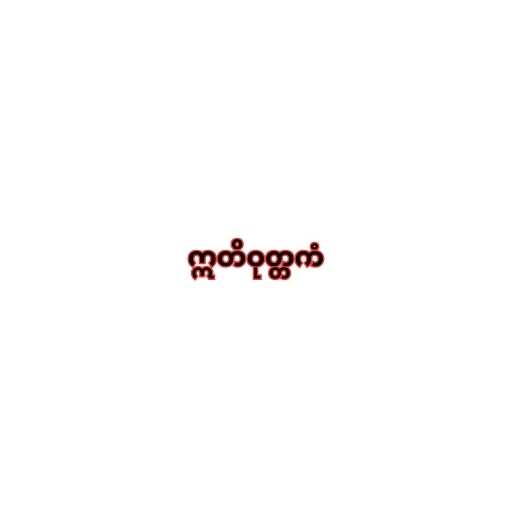
ဣတိဝုတ္တကံ